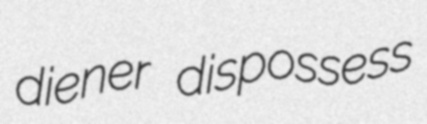
diener dispossess